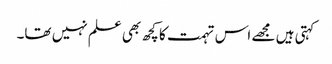
کہتی ہیں مجھے اس تہمت کا کچھ بھی علم نہیں تھا۔